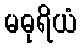
မဓုရိယံ